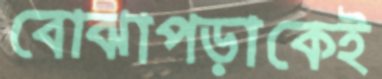
বোঝাপড়াকেই